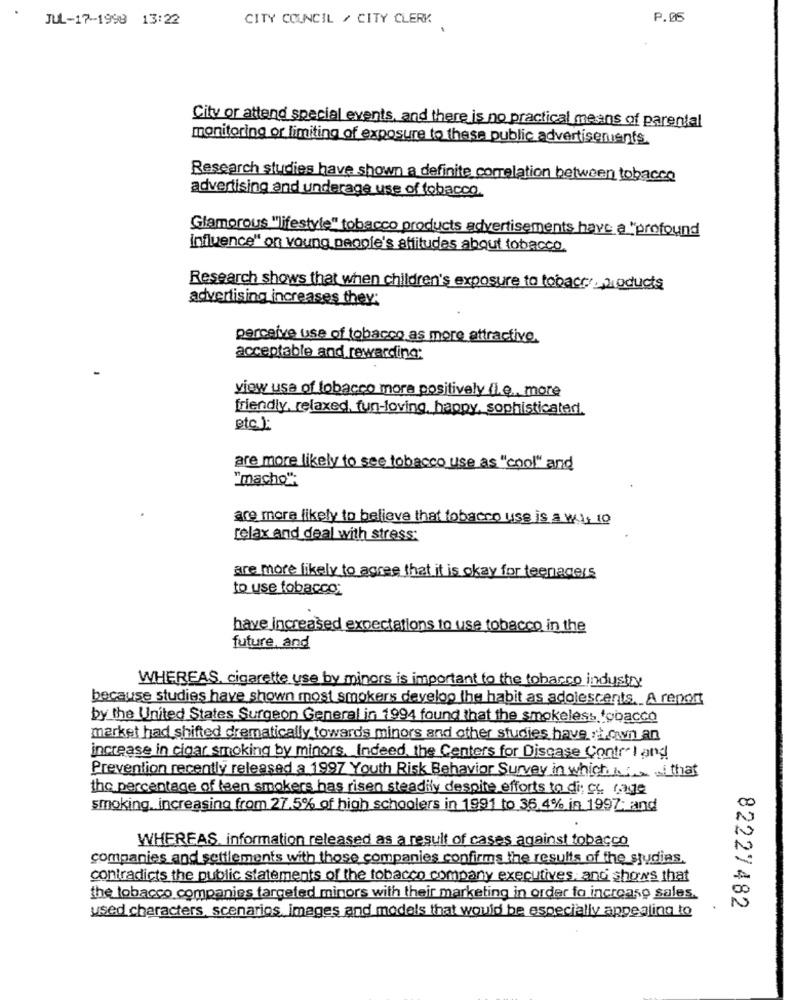
JUL-17-1998 13:22
CITY COUNCIL / CITY CLERK
P.05
City or attend special events, and there is no practical means of parental
monitoring or limiting of exposure to these public advertisements.
Research studies have shown a definite correlation between tobacco
advertising and underage use of tobacco.
Glamorous "lifestyle" tobacco products advertisements have a "profound
Influence" on young people's affitudes about tobacco.
Research shows that when children's exposure to tobaccoproducts
advertising increases they:
perceive use of tobacco as more attractive.
acceptable and rewarding:
view use of tobacco more positively (i.e ., more
friendly, relaxed, fun-loving, happy, sophisticated.
etc.):
are more likely to see tobacco use as "cool" and
"macho":
are more likely to believe that tobacco uss is a w.1, 10
relax and deal with stress:
are more likely to agree that it is okay for teenagers
to use tobacco;
have increased expectations to use tobacco in the
future, and
WHEREAS, cigarette use by minors is important to the tobacco industry
because studies have shown most smokers develop the habit as adolescents, A report
by the United States Surgeon General in 1994 found that the smokeless tobacco
market had shifted drematically towards minors and other studies have :1.own an
increase in cigar smoking by minors. Indeed, the Centers for Disease Control and
Prevention recently released a 1997 Youth Risk Behavior Survey in which a that
the percentage of teen smokers has risen steadily despite efforts to di ct cage
smoking. increasing from 27.5% of high schoolers in 1991 to 36.4% in 1997; and
WHEREAS, information released as a result of cases against tobacco
companies and settlements with those companies confirms the results of the studies.
contradicts the public statements of the tobacco company executives, and shows that
the tobacco companies targeted minors with their marketing in order to increase sales.
82227482
used characters scenarios, images and models that would be especially appealing to